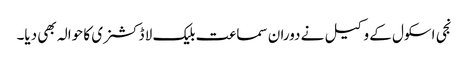
نجی اسکول کے وکیل نے دوران سماعت بلیک لا ڈکشنری کا حوالہ بھی دیا۔